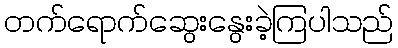
တက်ရောက်ဆွေးနွေးခဲ့ကြပါသည်